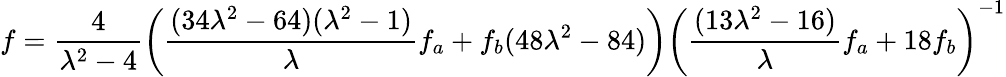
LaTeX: f=\frac{4}{\lambda^{2}-4}\left(\frac{(34\lambda^{2}-64)(\lambda^{2}-1)}{\lambda}f_{a}+f_{b}(48\lambda^{2}-84)\right)\left(\frac{(13\lambda^{2}-16)}{\lambda}f_{a}+18f_{b}\right)^{-1}